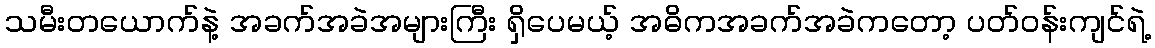
သမီးတယောက်နဲ့ အခက်အခဲအများကြီး ရှိပေမယ့် အဓိကအခက်အခဲကတော့ ပတ်ဝန်းကျင်ရဲ့